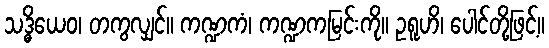
သဒ္ဓိယေဝ၊ တကွလျှင်။ ကဏ္ဍကံ၊ ကဏ္ဍကမြင်းကို။ ဥရူဟိ၊ ပေါင်တို့ဖြင့်။